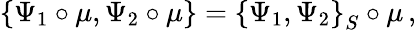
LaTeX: \left\{ \Psi_{1}\circ\mu,\Psi_{2}\circ\mu\right\} =\left\{ \Psi_{1},\Psi_{2}\right\} _{S}\circ\mu\, ,